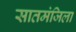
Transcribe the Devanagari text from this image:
सातमंजिला